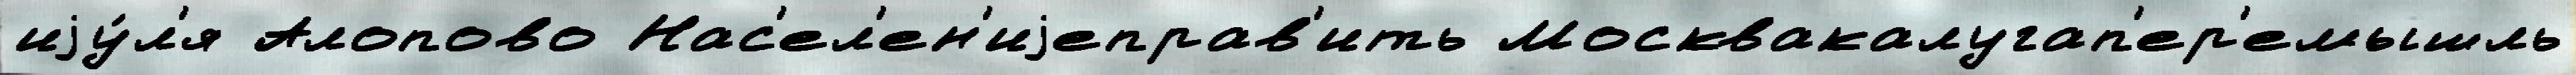
иjу́л'я Алопово Нас'ел'ен'иjеправ'ить Москвакалугап'ер'емышль